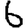
Digit: 6